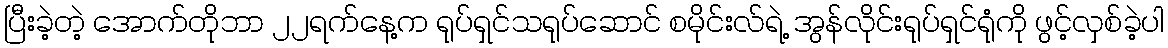
ပြီးခဲ့တဲ့ အောက်တိုဘာ ၂၂ရက်နေ့က ရုပ်ရှင်သရုပ်ဆောင် စမိုင်းလ်ရဲ့ အွန်လိုင်းရုပ်ရှင်ရုံကို ဖွင့်လှစ်ခဲ့ပါ